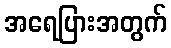
အရေပြားအတွက်